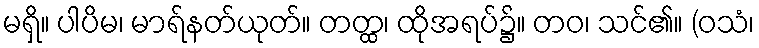
မရှိ။ ပါပိမ၊ မာရ်နတ်ယုတ်။ တတ္ထ၊ ထိုအရပ်၌။ တဝ၊ သင်၏။ (ဝသံ၊